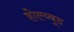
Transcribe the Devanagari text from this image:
होल्य्वूड